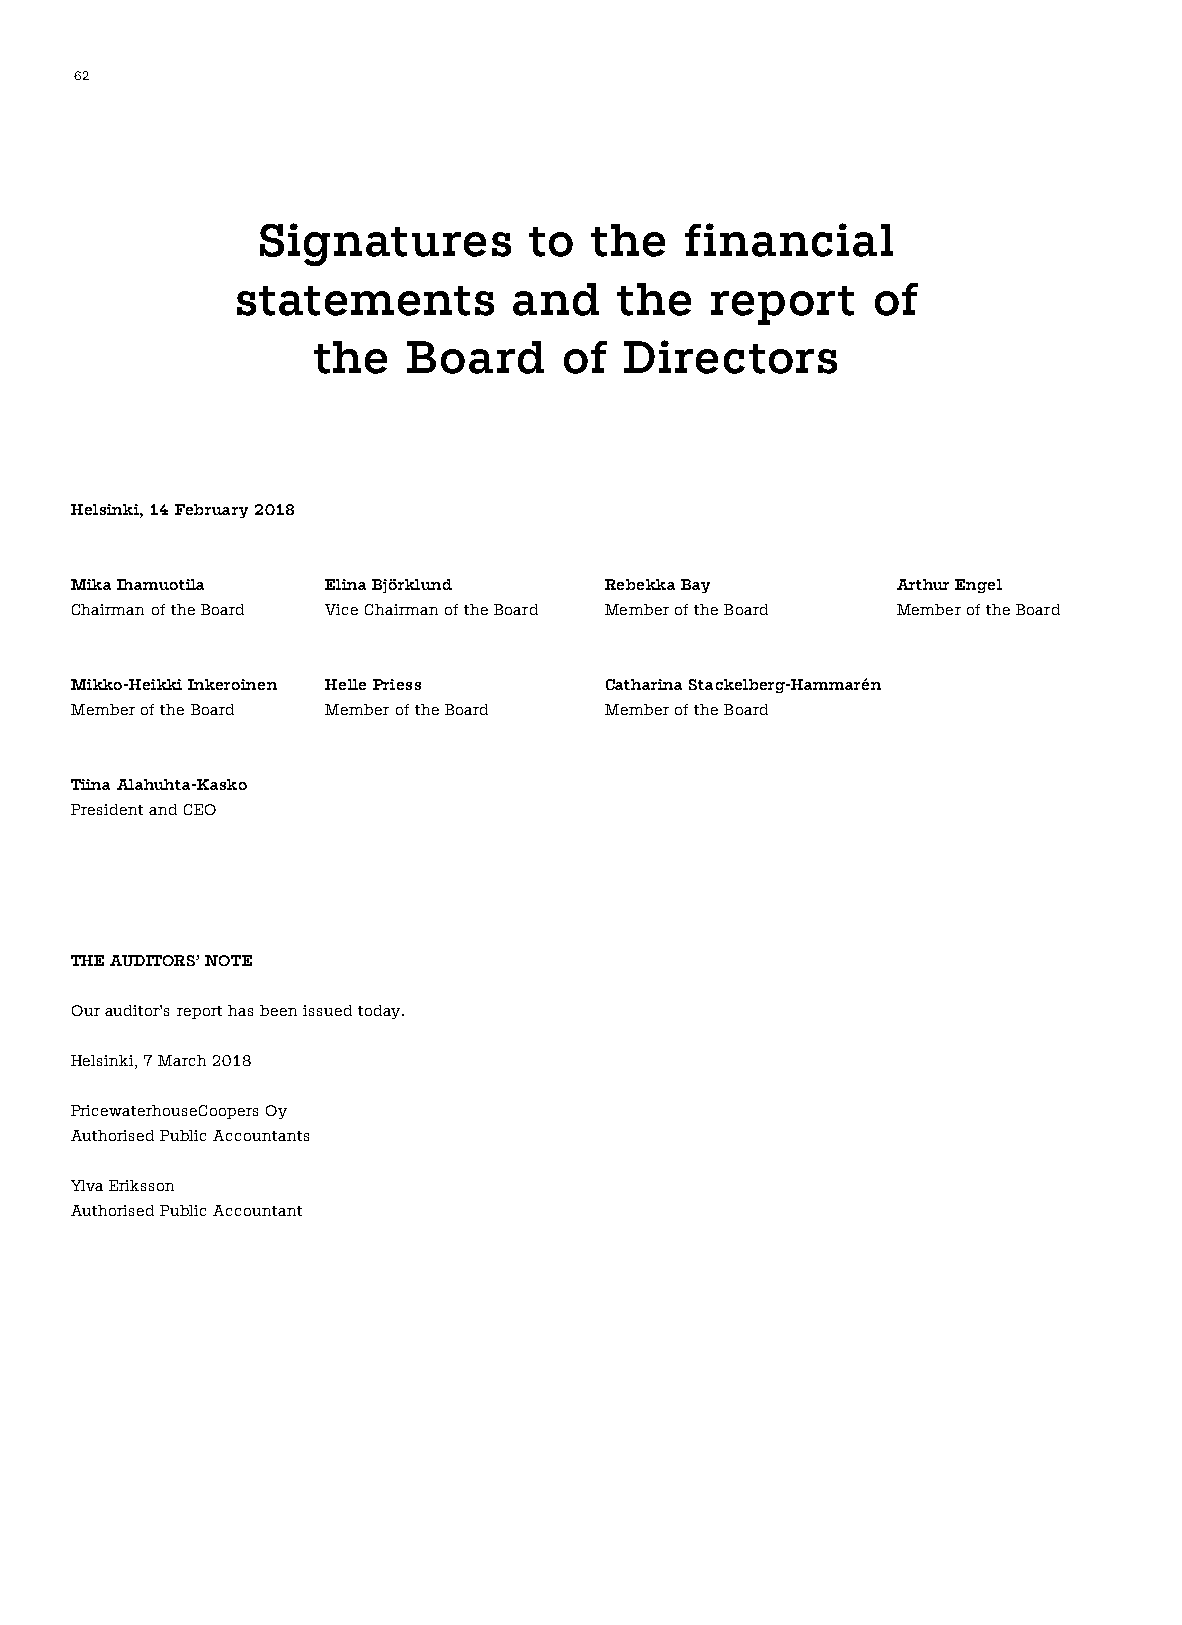
62
 Signatures        to  the   financial
 statements        and    the   report     of
 the   Board     of  Directors
 Helsinki, 14 February 2018
 Mika Ihamuotila  Elina Björklund   Rebekka Bay        Arthur Engel
 Chairman of the Board Vice Chairman of the Board Member of the Board Member of the Board
 Mikko-Heikki Inkeroinen Helle Priess Catharina Stackelberg-Hammarén
 Member of the Board Member of the Board Member of the Board
 Tiina Alahuhta-Kasko
 President and CEO
 THE AUDITORS’ NOTE
 Our auditor’s report has been issued today.
 Helsinki, 7 March 2018
 PricewaterhouseCoopers Oy
 Authorised Public Accountants
 Ylva Eriksson
 Authorised Public Accountant